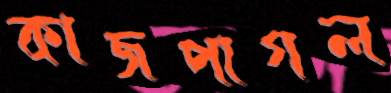
কাজপাগল